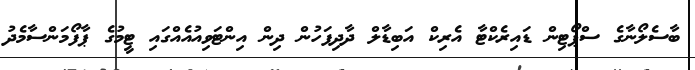
ބާސެލޯނާގެ ސްޕޯޓިން ޑައިރެކްޓާ އެރިކް އަބިޑާލް ދާދިފަހުން ދިން އިންޓަވިއުއެއްގައި ޓީމުގެ ޕާފޯމަންސާމެދު